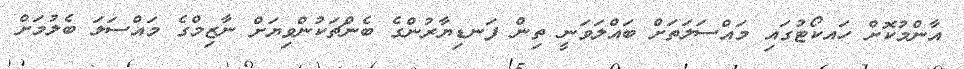
އާންމުކޮށް ހައކޯޓުގައި މައްސަލަތަށް ބައްލަވަނީ ތިން ފަނޑިޔާރުންގެ ބެންޗަކުންވިޔަށް ނާޒިމްގެ މައްސަލަ ބެލުމަށް